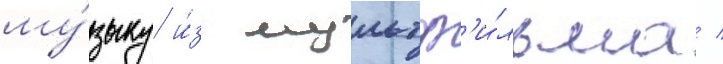
му́зыку и́з мультф'и́льма /